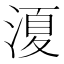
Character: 𭱣